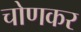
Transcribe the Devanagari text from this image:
चोणकर